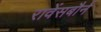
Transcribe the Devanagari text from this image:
रावेंसबौर्न